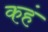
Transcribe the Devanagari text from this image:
कहं